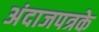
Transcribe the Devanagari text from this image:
अंदाजपत्रके